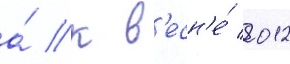
а́ к в'есн'е́ 2012